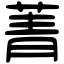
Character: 菁